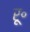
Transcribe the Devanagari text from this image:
रू॰